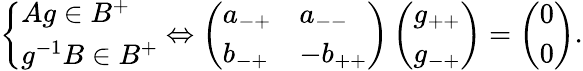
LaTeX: \left\{ \begin{array}{l}{Ag\in B^{+}}\\ {g^{-1}B\in B^{+}}\end{array}\right.\Leftrightarrow\left(\begin{array}{ll}{a_{-+}}&{a_{--}}\\ {b_{-+}}&{-b_{++}}\end{array}\right)\left(\begin{array}{l}{g_{++}}\\ {g_{-+}}\end{array}\right)=\left(\begin{array}{l}{0}\\ {0}\end{array}\right).